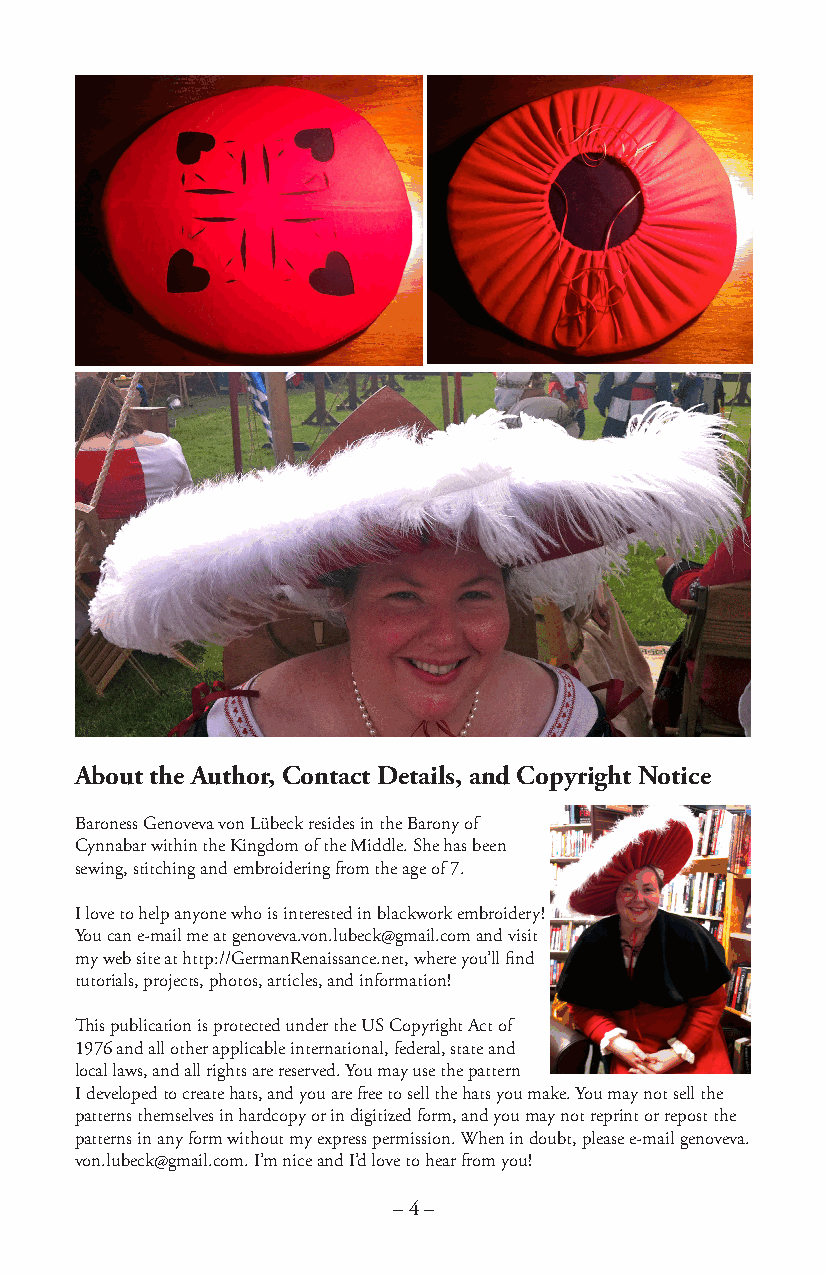
Round
 About the FAruatmhoer, Contact Details, and Copyright Notice
 Scroll Frame
 Baroness Genoveva von Lübeck resides in the Barony of
 Cynnabar within the Kingdom of the Middle. She has been
 sewing, stitching and embroidering from the age of 7.
 I love to help anyone who is interested in blackwork embroidery!
 You can e-mail me at genoveva.von.lubeck@gmail.com and visit
 my web site at http://GeSrmlaanteR eFnarisasamncee.net, where you’ll find
 tutorials, pro(jedctos,c puhmotoes,n atretidcle su, saned i innf opremraitioodn!)
 This publication is protected under the US Copyright Act of
 1976 and all other applicable international, federal, state and
 local laws, and all rights are reserved. You may use the pattern
 I developed to create hats, and you are free to sell the hats you make. You may not sell the
 patterns themselves in hardcopy or in digitized form, and you may not reprint or repost the
 patterns in any form without my express permission. When in doubt, please e-mail genoveva.
 von.lubeck@gmail.com. I’m nice and I’d love to hear from you!
 – 4 –